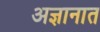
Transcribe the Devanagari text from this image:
अज्ञानात